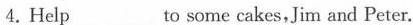
4.Help ___to some cakes,Jim and Peter.